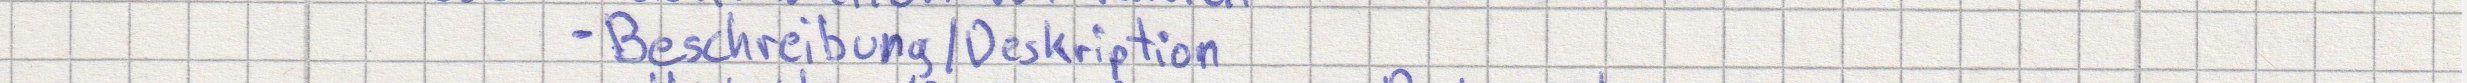
- Beschreibung / Deskription